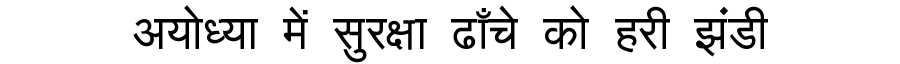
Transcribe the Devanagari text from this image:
अयोध्या में सुरक्षा ढाँचे को हरी झंडी